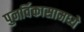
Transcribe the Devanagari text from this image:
पुनर्विकासामध्ये